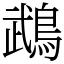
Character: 鵡